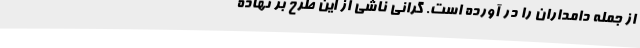
از جمله دامداران را در آورد‌ه است. گرانی ناشی از این طرح بر نهاده